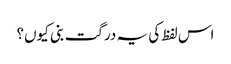
اس لفظ کی یہ درگت بنی کیوں؟